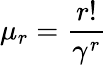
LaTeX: \mu_{r}=\frac{r!}{\gamma^{r}}